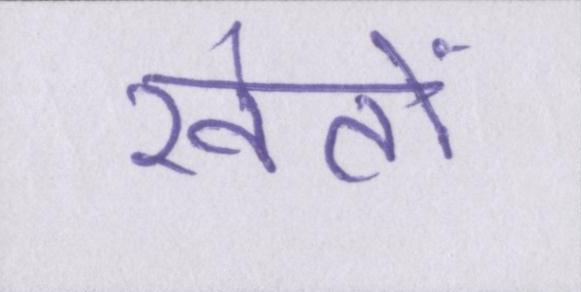
खेंतो